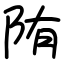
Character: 陏